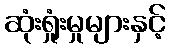
ဆုံးရှုံးမှုများနှင့်